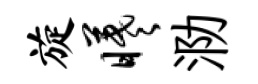
旋曦泐